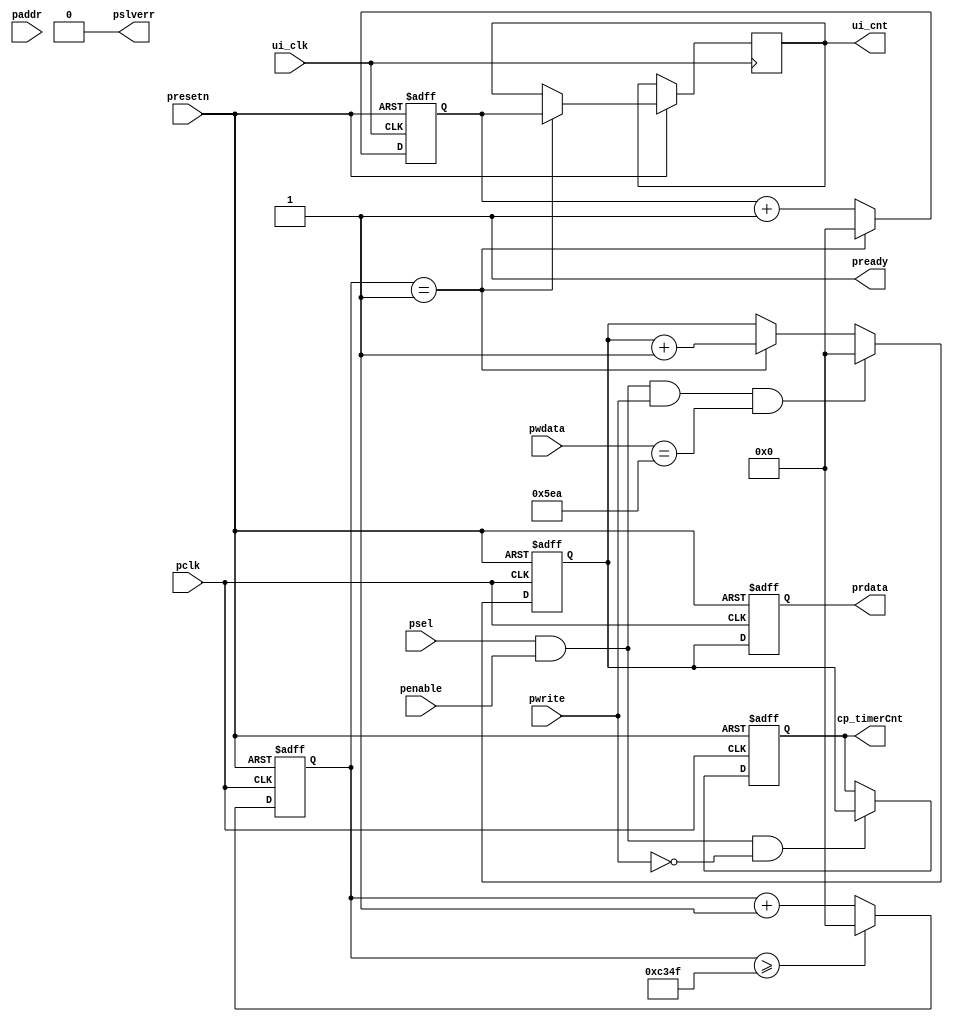
// This program was cloned from: https://github.com/WalkerLau/DetectHumanFaces
// License: MIT License

module custom_apb_timer #(
	parameter ADDRWIDTH = 12,
  parameter CLK_FREQ  = 32'd50000000
  )
	(
	
	//SYSTEM
	input wire                       pclk,
	input wire                       presetn,
	
	output reg	[31:0]				       cp_timerCnt, // ckp
  input                            ui_clk,
  output reg  [31:0]               ui_cnt,
	//APB
	input  wire                      psel,
	input  wire [ADDRWIDTH-1:0]      paddr,
	input  wire                      penable,
	input  wire                      pwrite,
	input  wire [31:0]               pwdata,
	output reg  [31:0]               prdata,
	output wire                      pready,
	output wire                      pslverr	
	);

  	assign	pready  = 1'b1;	//always ready. Can be customized to support waitstate if required.
  	assign	pslverr = 1'b0;	//alwyas OKAY. Can be customized to support error response if required.

	assign	write_en = psel & penable & pwrite;
	assign	read_en  = psel & penable & (~pwrite);

	reg [31:0]	cnt;
	always @ (posedge pclk or negedge presetn) begin
		if(~presetn) begin
			cnt <= 32'd0;
		end
		else if(cnt >= CLK_FREQ/1000 - 1) begin // reset to zero every 1ms
			cnt <= 32'd0;
		end
		else begin
			cnt <= cnt + 32'd1;
		end
	end

	reg [31:0] ms_cnt;
	always @ (posedge pclk or negedge presetn) begin
		if(~presetn)begin
			ms_cnt <= 32'd0;
		end
		else if((write_en == 1'b1) && (pwdata == 32'd1514)) begin
			ms_cnt <= 32'd0;
		end
		else if(cnt == 32'd1) begin
			ms_cnt <= ms_cnt + 32'd1;
		end
	end

	always @ (posedge pclk or negedge presetn) begin
		if(~presetn)begin
			prdata <= 32'd0;
		end
		else begin
			prdata <= ms_cnt;
		end		
	end

	always @ (posedge pclk or negedge presetn) begin
		if(~presetn)begin
			cp_timerCnt <= 32'd0;
		end
		else if(read_en == 1'b1) begin
			cp_timerCnt <= ms_cnt;
		end
	end

  reg [31:0]    ui_reg;
  always @ (posedge ui_clk or negedge presetn) begin
    if(~presetn)begin
      ui_reg      <= 32'd0;
    end
    else begin
      if(cnt == 32'd1)begin
        ui_cnt <= ui_reg;
        ui_reg <= 32'd0; 
      end
      else begin
        ui_reg <= ui_reg + 32'd1;
      end
    end
  end


endmodule